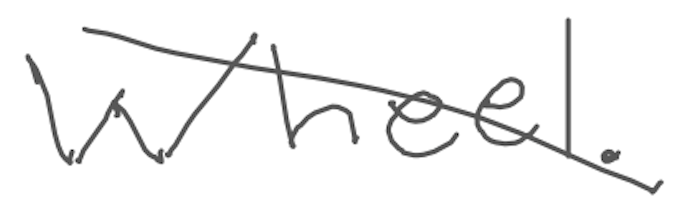
Text: Wheel.
Cross-out: diagonal
Writing tool: digital_gray